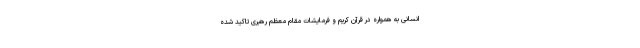
انسانی به همواره در قرآن کریم و فرمایشات مقام معظم رهبری تاکید شده